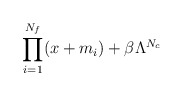
\begin{align*}\prod_{i=1}^{N_f}(x+m_i) + \beta \Lambda^{N_c}\end{align*}